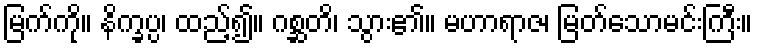
မြက်ကို။ နိက္ခပ္ပ၊ ထည့်၍။ ဂစ္ဆတိ၊ သွား၏။ မဟာရာဇ၊ မြတ်သောမင်းကြီး။